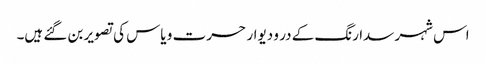
اس شہر سدا رنگ کے در و دیوار حسرت و یاس کی تصویر بن گئے ہیں۔